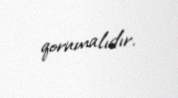
qorumalıdır.